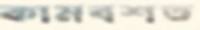
কামবশত